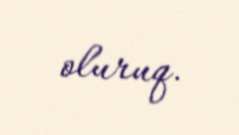
oluruq.